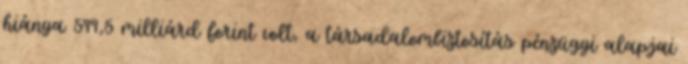
hiánya 599,5 milliárd forint volt, a társadalombiztosítás pénzügyi alapjai